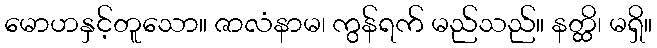
မောဟနှင့်တူသော။ ဇာလံနာမ၊ ကွန်ရက် မည်သည်။ နတ္ထိ၊ မရှိ။